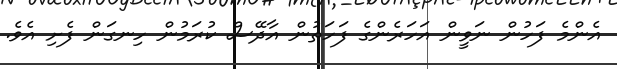
އެންމެ ފަހުން ނަވީން އަހަރެންގެ ފަހަތުން އާދޭސް ކުރަމުން ހިނގަން ފެށި އެވެ.